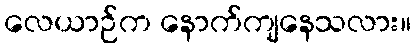
လေယာဉ်က နောက်ကျနေသလား။